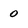
Character: 0